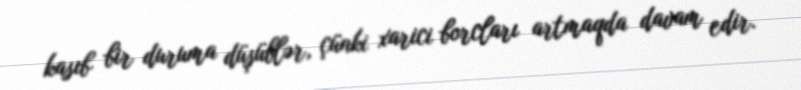
kasıb bir duruma düşüblər, çünki xarici borcları artmaqda davam edir.